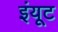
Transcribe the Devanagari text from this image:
इंयूट